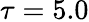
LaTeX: \tau=5.0